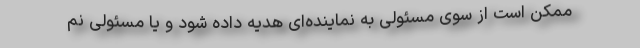
ممکن است از سوی مسئولی به نماینده‌ای هدیه داده شود و یا مسئولی نم